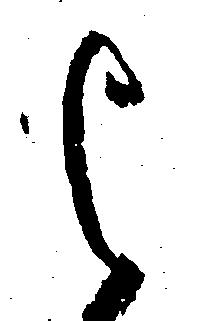
よ